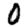
Digit: 0